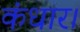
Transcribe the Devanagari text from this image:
कंधार।